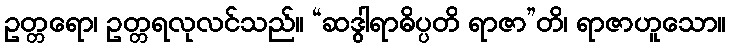
ဥတ္တရော၊ ဥတ္တရလုလင်သည်။ “ဆဒွါရာဓိပ္ပတိ ရာဇာ”တိ၊ ရာဇာဟူသော။